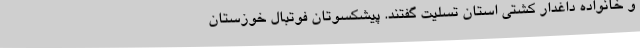
و خانواده داغدار کشتی استان تسلیت گفتند. پیشکسوتان فوتبال خوزستان